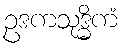
ဥဒကသုဒ္ဓိကံ